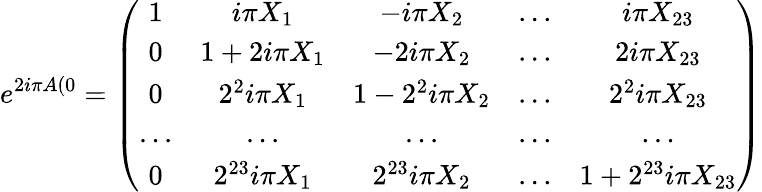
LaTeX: e^{2i\pi A(0}=\left(\begin{array}{ccccc}{{1}}&{{i\pi X_{1}}}&{{-i\pi X_{2}}}&{{...}}&{{i\pi X_{23}}}\\ {{0}}&{{1+2i\pi X_{1}}}&{{-2i\pi X_{2}}}&{{...}}&{{2i\pi X_{23}}}\\ {{0}}&{{2^{2}i\pi X_{1}}}&{{1-2^{2}i\pi X_{2}}}&{{...}}&{{2^{2}i\pi X_{23}}}\\ {{...}}&{{...}}&{{...}}&{{...}}&{{...}}\\ {{0}}&{{2^{23}i\pi X_{1}}}&{{2^{23}i\pi X_{2}}}&{{...}}&{{1+2^{23}i\pi X_{23}}}\end{array}\right)